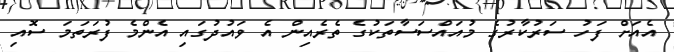
އެއަށް ފަހު ސަރުކާރުގެ މުއައްސަސާތަކުގެ ތެރެއިން އެ ވައުދުގައި އެންމެ ފުރަތަމަ ސޮއި